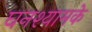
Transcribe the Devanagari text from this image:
घनश्यामके